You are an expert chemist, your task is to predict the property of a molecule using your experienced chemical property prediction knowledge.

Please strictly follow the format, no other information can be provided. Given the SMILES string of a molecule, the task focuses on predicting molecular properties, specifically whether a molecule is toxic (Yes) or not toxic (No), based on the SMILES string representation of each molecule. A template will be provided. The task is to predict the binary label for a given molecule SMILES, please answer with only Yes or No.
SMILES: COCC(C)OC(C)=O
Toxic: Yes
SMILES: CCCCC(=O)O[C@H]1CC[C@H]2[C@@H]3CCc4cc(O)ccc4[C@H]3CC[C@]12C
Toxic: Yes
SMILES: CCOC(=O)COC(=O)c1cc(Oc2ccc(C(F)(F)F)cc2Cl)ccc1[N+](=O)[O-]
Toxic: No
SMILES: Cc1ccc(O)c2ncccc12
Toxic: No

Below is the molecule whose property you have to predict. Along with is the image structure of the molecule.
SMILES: O=P([O-])([O-])OP(=O)([O-])[O-]
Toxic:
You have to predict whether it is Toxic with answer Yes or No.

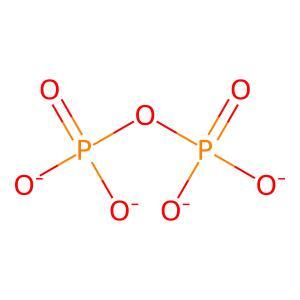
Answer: No